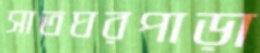
সাতঘরপাড়া